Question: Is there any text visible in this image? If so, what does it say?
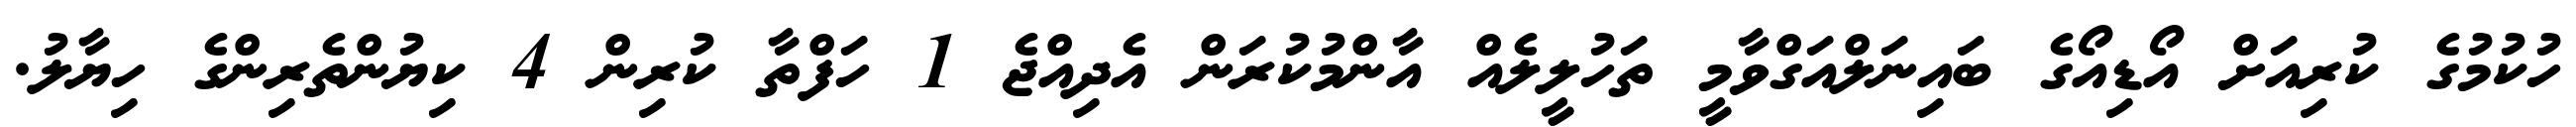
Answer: ހުކުމުގެ ކުރިއަށް އޯޑިއޯގެ ބައިނަލްއަގްވާމީ ތަހުލީލެއް އާންމުކުރަން އެދިއްޖެ 1 ހަފްތާ ކުރިން 4 ކިޔުންތެރިންގެ ހިޔާލު.